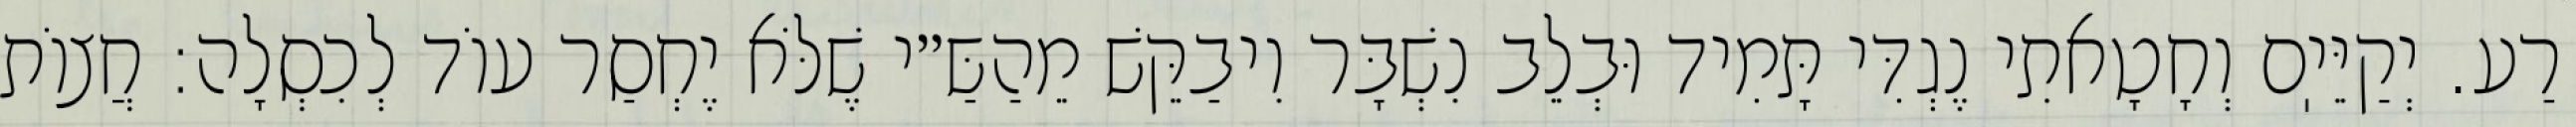
רַע. יְקַיֵּיֽם וְחָטָאתִי נֶגְדִּי תָּמִיד וּבְלֵב נִשְׁבָּר וִיבַקֵּשׁ מֵהַשַּ״י שֶׁלֹּא יֶחְסַר עוֹד לְכִסְלָה: חֲצוֹת